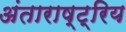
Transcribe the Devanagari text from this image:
अंताराष्ट्रिय